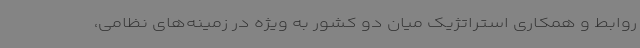
روابط و همکاری استراتژیک میان دو کشور به ویژه در زمینه‌های نظامی،